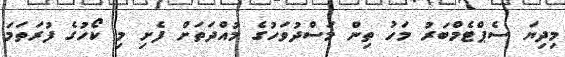
މިދިޔަ ސެޕްޓެމްބަރު މަހު ތިން މަސްދުވަހުގެ މުއްދަތަށް ފެށި މި ކޯހުގެ ފުރަތަމަ